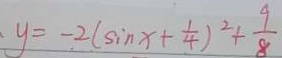
y = - 2 ( \sin x + \frac { 1 } { 4 } ) ^ { 2 } + \frac { 9 } { 8 }